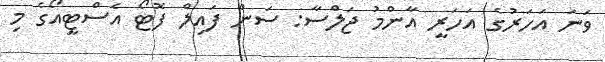
ވަނަ އަހަރުގެ އަހަރީ އާންމު ޖަލްސާ: ސަން ފައިލް ފޮޓޯ އެސްޓީއޯގެ މި